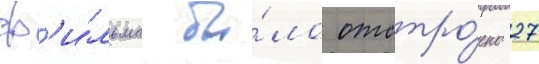
ф'и́льма бы́ло отстро́ено 27